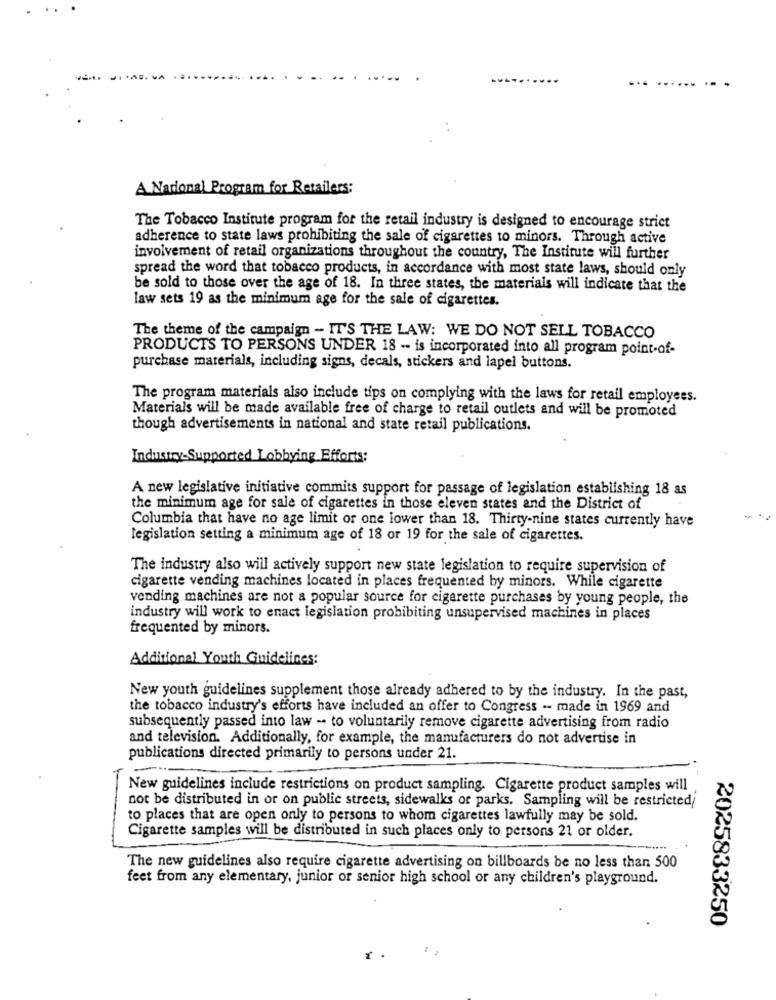
...
A Nacional Program for Retailers:
The Tobacco Institute program for the retail industry is designed to encourage strict
adherence to state laws prohibiting the sale of cigarettes to minors. Through active
involvement of retail organizations throughout the country, The Institute will further
spread the word that tobacco products, in accordance with most state laws, should only
be sold to those over the age of 18. In three states, the materials will indicate that the
law sets 19 as the minimum age for the sale of cigarettes.
The theme of the campaign - IT'S THE LAW: WE DO NOT SELL TOBACCO
PRODUCTS TO PERSONS UNDER 18 -- is incorporated into all program point-of-
purchase materials, including signs, decals, stickers and lapel buttons.
The program materials also include tips on complying with the laws for retail employees.
Materials will be made available free of charge to retail outlets and will be promoted
though advertisements in national and state retail publications.
Industry-Supported Lobbying Efforts:
A new legislative initiative commits support for passage of legislation establishing 18 as
the minimum age for sale of cigarettes in those eleven states and the District of
Columbia that have no age limit or one lower than 18. Thirty-nine states currently have
legislation setting a minimum age of 18 or 19 for the sale of cigarettes.
The industry also will actively support new state legislation to require supervision of
cigarette vending machines located in places frequented by minors. While cigarette
vending machines are not a popular source for cigarette purchases by young people, the
industry will work to enact legislation probibiting unsupervised machines in places
frequented by minors.
Additional Youth Guidelines:
New youth guidelines supplement those already adhered to by the industry. In the past,
the tobacco industry's efforts have included an offer to Congress .- made in 1969 and
subsequently passed into law - to voluntarily remove cigarette advertising from radio
and television. Additionally, for example, the manufacturers do not advertise in
publications directed primarily to persons under 21.
New guidelines include restrictions on product sampling. Cigarette product samples will
not be distributed in or on public streets, sidewalks or parks. Sampling will be restricted
to places that are open only to persons to whom cigarettes lawfully may be sold.
Cigarette samples will be distributed in such places only to persons 21 or older.
The new guidelines also require cigarette advertising on billboards be no less than 500
feet from any elementary, junior or senior high school or any children's playground.
2025833250